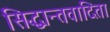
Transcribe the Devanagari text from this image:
सिद्धान्तवादिता